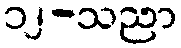
၁၂-သညာ